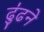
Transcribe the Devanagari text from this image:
ढु॑ढने